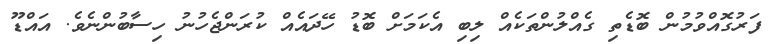
ފަރުގޮއްވުމުން ބޮޑެތި ގެއްލުންތަކެއް ލިބި އެކަމަށް ބޮޑު ހޭދައެއް ކުރަންޖެހުނު ހިސާބުންނެވެ. އައްޑޫ